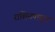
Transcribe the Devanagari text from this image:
राशिनपासून